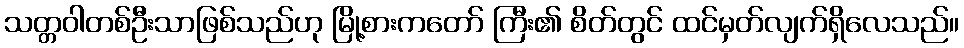
သတ္တဝါတစ်ဦးသာဖြစ်သည်ဟု မြို့စားကတော် ကြီး၏ စိတ်တွင် ထင်မှတ်လျက်ရှိလေသည်။